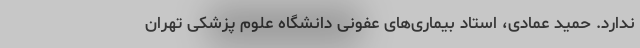
ندارد. حمید عمادی، استاد بیماری‌های عفونی دانشگاه علوم پزشکی تهران